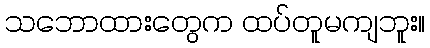
သဘောထားတွေက ထပ်တူမကျဘူး။